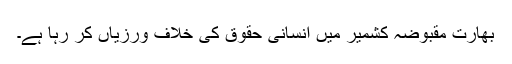
بھارت مقبوضہ کشمیر میں انسانی حقوق کی خلاف ورزیاں کر رہا ہے۔